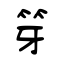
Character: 笌